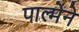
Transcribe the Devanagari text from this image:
पाल्मेने